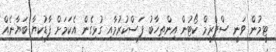
ޓީމުން ވަނީ ސްޕްރީމް ކޯޓުން އިންތިހާބު ފަސްކުރުމާއި ގުޅިގެން އެކަމަށް ފާޑުކިޔާ ބަޔާނެއް